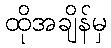
ထိုအချိန်မှ